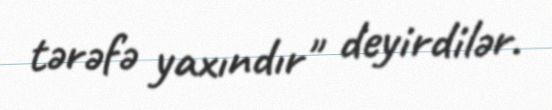
tərəfə yaxındır" deyirdilər.